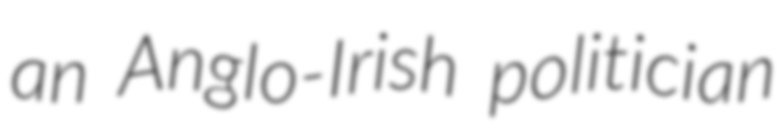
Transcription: an Anglo-Irish politician